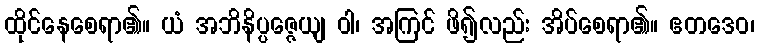
ထိုင်နေစေရာ၏။ ယံ အဘိနိပ္ပဇ္ဇေယျ ဝါ၊ အကြင် ဖိ၍လည်း အိပ်စေရာ၏။ ဧတဒေဝ၊